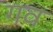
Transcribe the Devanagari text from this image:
गव